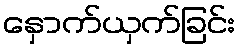
နှောက်ယှက်ခြင်း